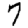
Digit: 7